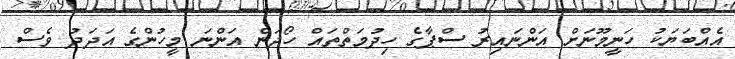
އެއްބަޔަކު ހަނީމޫނަށް އަންނައިރު ސްޕާގެ ހިދުމަތްތައް ހޯދަން އަންނަ މީހުންގެ އަދަދު ވެސް